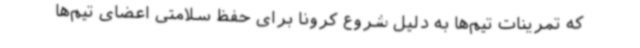
که تمرینات تیم‌ها به دلیل شروع کرونا برای حفظ سلامتی اعضای تیم‌ها